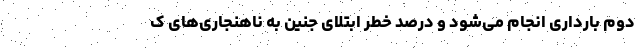
دوم بارداری انجام می‌شود و درصد خطر ابتلای جنین به ناهنجاری‌های ک